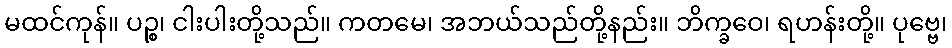
မထင်ကုန်။ ပဉ္စ၊ ငါးပါးတို့သည်။ ကတမေ၊ အဘယ်သည်တို့နည်း။ ဘိက္ခဝေ၊ ရဟန်းတို့။ ပုဗ္ဗေ၊